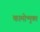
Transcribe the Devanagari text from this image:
कामोन्मुक्त